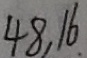
4 8 , 1 6 .